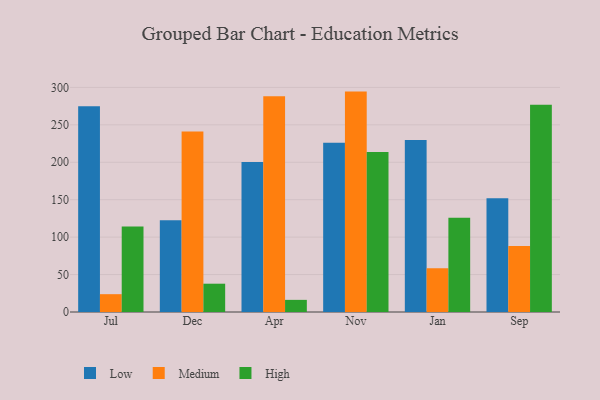
{"axis": {"x": "Month", "y": "Headcount"}, "legend": ["High", "Low", "Medium"], "data": [{"x": "Jul", "y": 274.7, "type": "Low"}, {"x": "Jul", "y": 23.8, "type": "Medium"}, {"x": "Jul", "y": 114.3, "type": "High"}, {"x": "Dec", "y": 122.4, "type": "Low"}, {"x": "Dec", "y": 241.2, "type": "Medium"}, {"x": "Dec", "y": 37.8, "type": "High"}, {"x": "Apr", "y": 200.3, "type": "Low"}, {"x": "Apr", "y": 288.1, "type": "Medium"}, {"x": "Apr", "y": 16.2, "type": "High"}, {"x": "Nov", "y": 226.2, "type": "Low"}, {"x": "Nov", "y": 294.4, "type": "Medium"}, {"x": "Nov", "y": 213.7, "type": "High"}, {"x": "Jan", "y": 229.7, "type": "Low"}, {"x": "Jan", "y": 58.6, "type": "Medium"}, {"x": "Jan", "y": 125.9, "type": "High"}, {"x": "Sep", "y": 152.0, "type": "Low"}, {"x": "Sep", "y": 88.2, "type": "Medium"}, {"x": "Sep", "y": 276.7, "type": "High"}]}